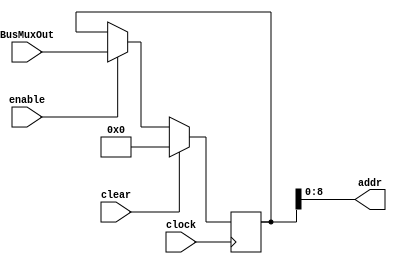
module mar (input clear, clock, enable, input [31:0] BusMuxOut, output wire [8:0] addr);
reg [31:0] q;
always @ (posedge clock)
                begin
                        if (clear) begin
                                q <= 0;

                        end
                        else if (enable) begin
                                q <= BusMuxOut;
                        end
                end
        assign addr = q[8:0];
endmodule